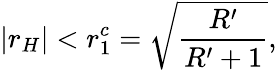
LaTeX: |r_{H}|<r_{1}^{c}=\sqrt{\frac{R^{\prime}}{R^{\prime}+1}},